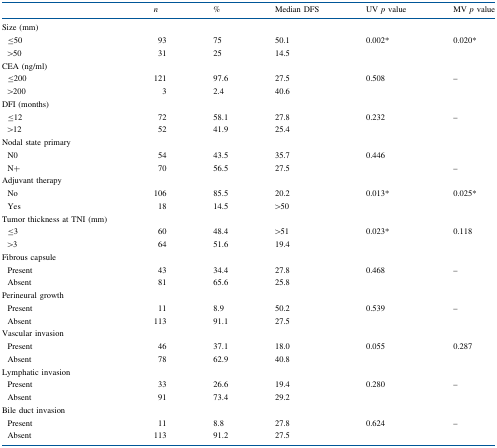
<table><thead><tr><td></td><td><b><i>n</i></b></td><td><b>%</b></td><td><b>Median DFS</b></td><td><b>UV <i>p</i> value</b></td><td><b>MV <i>p</i> value</b></td></tr></thead><tbody><tr><td>Size (mm)</td><td></td><td></td><td></td><td></td><td></td></tr><tr><td> ≤50</td><td>93</td><td>75</td><td>50.1</td><td>0.002*</td><td>0.020*</td></tr><tr><td> &gt;50</td><td>31</td><td>25</td><td>14.5</td><td></td><td></td></tr><tr><td>CEA (ng/ml)</td><td></td><td></td><td></td><td></td><td></td></tr><tr><td> ≤200</td><td>121</td><td>97.6</td><td>27.5</td><td>0.508</td><td>–</td></tr><tr><td> &gt;200</td><td>3</td><td>2.4</td><td>40.6</td><td></td><td></td></tr><tr><td>DFI (months)</td><td></td><td></td><td></td><td></td><td></td></tr><tr><td> ≤12</td><td>72</td><td>58.1</td><td>27.8</td><td>0.232</td><td>–</td></tr><tr><td> &gt;12</td><td>52</td><td>41.9</td><td>25.4</td><td></td><td></td></tr><tr><td>Nodal state primary</td><td></td><td></td><td></td><td></td><td></td></tr><tr><td> N0</td><td>54</td><td>43.5</td><td>35.7</td><td>0.446</td><td></td></tr><tr><td> N+</td><td>70</td><td>56.5</td><td>27.5</td><td></td><td>–</td></tr><tr><td>Adjuvant therapy</td><td></td><td></td><td></td><td></td><td></td></tr><tr><td> No</td><td>106</td><td>85.5</td><td>20.2</td><td>0.013*</td><td>0.025*</td></tr><tr><td> Yes</td><td>18</td><td>14.5</td><td>&gt;50</td><td></td><td></td></tr><tr><td>Tumor thickness at TNI (mm)</td><td></td><td></td><td></td><td></td><td></td></tr><tr><td> ≤3</td><td>60</td><td>48.4</td><td>&gt;51</td><td rowspan="2">0.023*</td><td rowspan="2">0.118</td></tr><tr><td> &gt;3</td><td>64</td><td>51.6</td><td>19.4</td></tr><tr><td>Fibrous capsule</td><td></td><td></td><td></td><td></td><td></td></tr><tr><td> Present</td><td>43</td><td>34.4</td><td>27.8</td><td rowspan="2">0.468</td><td rowspan="2">–</td></tr><tr><td> Absent</td><td>81</td><td>65.6</td><td>25.8</td></tr><tr><td>Perineural growth</td><td></td><td></td><td></td><td></td><td></td></tr><tr><td> Present</td><td>11</td><td>8.9</td><td>50.2</td><td rowspan="2">0.539</td><td rowspan="2">–</td></tr><tr><td> Absent</td><td>113</td><td>91.1</td><td>27.5</td></tr><tr><td>Vascular invasion</td><td></td><td></td><td></td><td></td><td></td></tr><tr><td> Present</td><td>46</td><td>37.1</td><td>18.0</td><td rowspan="2">0.055</td><td rowspan="2">0.287</td></tr><tr><td> Absent</td><td>78</td><td>62.9</td><td>40.8</td></tr><tr><td>Lymphatic invasion</td><td></td><td></td><td></td><td></td><td></td></tr><tr><td> Present</td><td>33</td><td>26.6</td><td>19.4</td><td rowspan="2">0.280</td><td rowspan="2">–</td></tr><tr><td> Absent</td><td>91</td><td>73.4</td><td>29.2</td></tr><tr><td>Bile duct invasion</td><td></td><td></td><td></td><td></td><td></td></tr><tr><td> Present</td><td>11</td><td>8.8</td><td>27.8</td><td>0.624</td><td rowspan="2">–</td></tr><tr><td> Absent</td><td>113</td><td>91.2</td><td>27.5</td><td></td></tr></tbody></table>